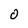
Character: 0